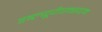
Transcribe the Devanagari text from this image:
डब्ल्यूपीएक्सएम